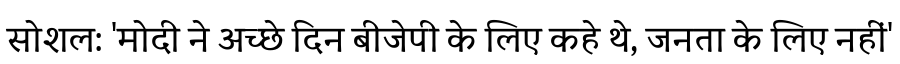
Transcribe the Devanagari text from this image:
सोशल: 'मोदी ने अच्छे दिन बीजेपी के लिए कहे थे, जनता के लिए नहीं'